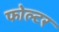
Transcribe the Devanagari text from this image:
फोल्टर